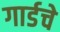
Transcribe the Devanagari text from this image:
गार्डचे